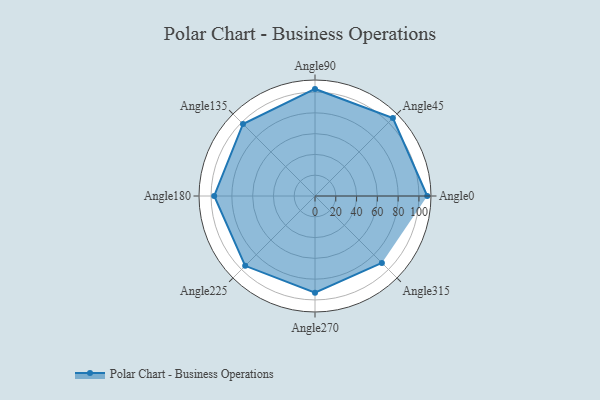
{"axis": {"x": "Angle", "y": "Radius"}, "legend": [""], "data": [{"x": "Angle0", "y": 108.0, "type": ""}, {"x": "Angle45", "y": 106.0, "type": ""}, {"x": "Angle90", "y": 103.0, "type": ""}, {"x": "Angle135", "y": 98.0, "type": ""}, {"x": "Angle180", "y": 97.0, "type": ""}, {"x": "Angle225", "y": 95.0, "type": ""}, {"x": "Angle270", "y": 93.0, "type": ""}, {"x": "Angle315", "y": 91.0, "type": ""}]}